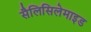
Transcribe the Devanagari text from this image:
सैलिसिलेमाइड